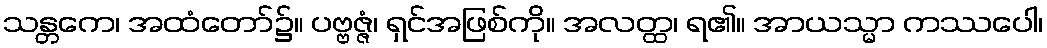
သန္တကေ၊ အထံတော်၌။ ပဗ္ဗဇ္ဇံ၊ ရှင်အဖြစ်ကို။ အလတ္ထ၊ ရ၏။ အာယသ္မာ ကဿပေါ၊